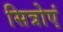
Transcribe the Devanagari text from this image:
सित्रोएं